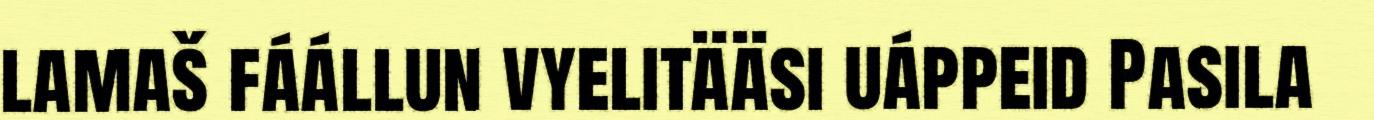
lamaš fáállun vyelitääsi uáppeid Pasila